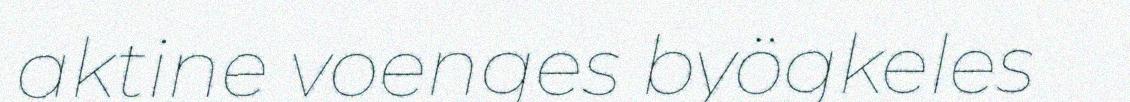
aktine voenges byögkeles